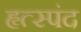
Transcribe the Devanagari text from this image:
हृत्स्पंद